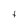
Character: t